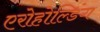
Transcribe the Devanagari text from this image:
एरोहोल्डिंग